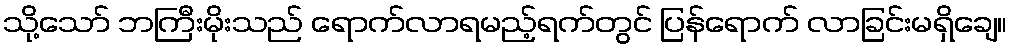
သို့သော် ဘကြီးမိုးသည် ရောက်လာရမည့်ရက်တွင် ပြန်ရောက် လာခြင်းမရှိချေ။